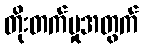
တိုးတက်မှုအတွက်